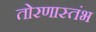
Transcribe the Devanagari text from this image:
तोरणास्तंभ